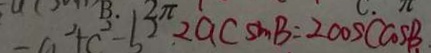
- a ^ { 2 } + c ^ { 2 } - b ^ { 2 } 2 a c \sin B = 2 \cos ( \cos B